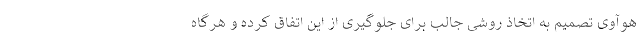
هوآوی تصمیم به اتخاذ روشی جالب برای جلوگیری از این اتفاق کرده و هرگاه